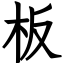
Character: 板